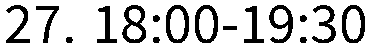
27. 18:00-19:30